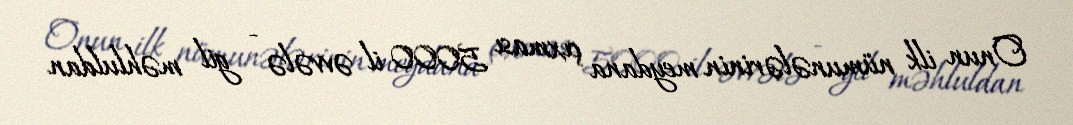
Onun ilk nümunələrinin meydana çıxması 5000 il əvvələ - gil məhluldan